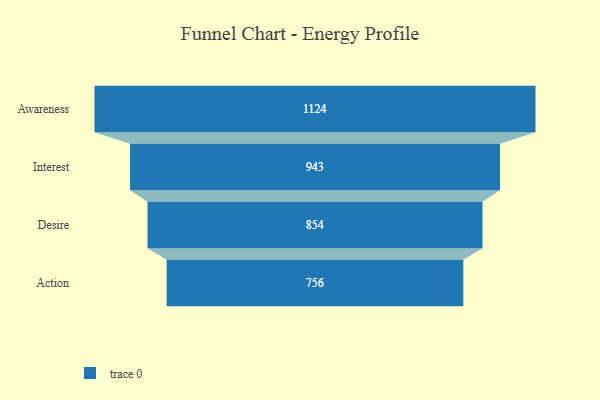
{"axis": {"x": "Stage", "y": "Value"}, "legend": [""], "data": [{"x": "Awareness", "y": 1124.0, "type": ""}, {"x": "Interest", "y": 943.0, "type": ""}, {"x": "Desire", "y": 854.0, "type": ""}, {"x": "Action", "y": 756.0, "type": ""}]}